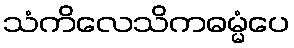
သံကိလေသိကဓမ္မံပေ